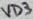
Text: VD3